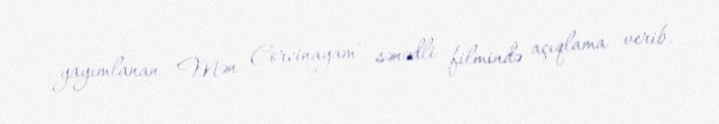
yayımlanan "Mən Corcinayam" sənədli filmində açıqlama verib.